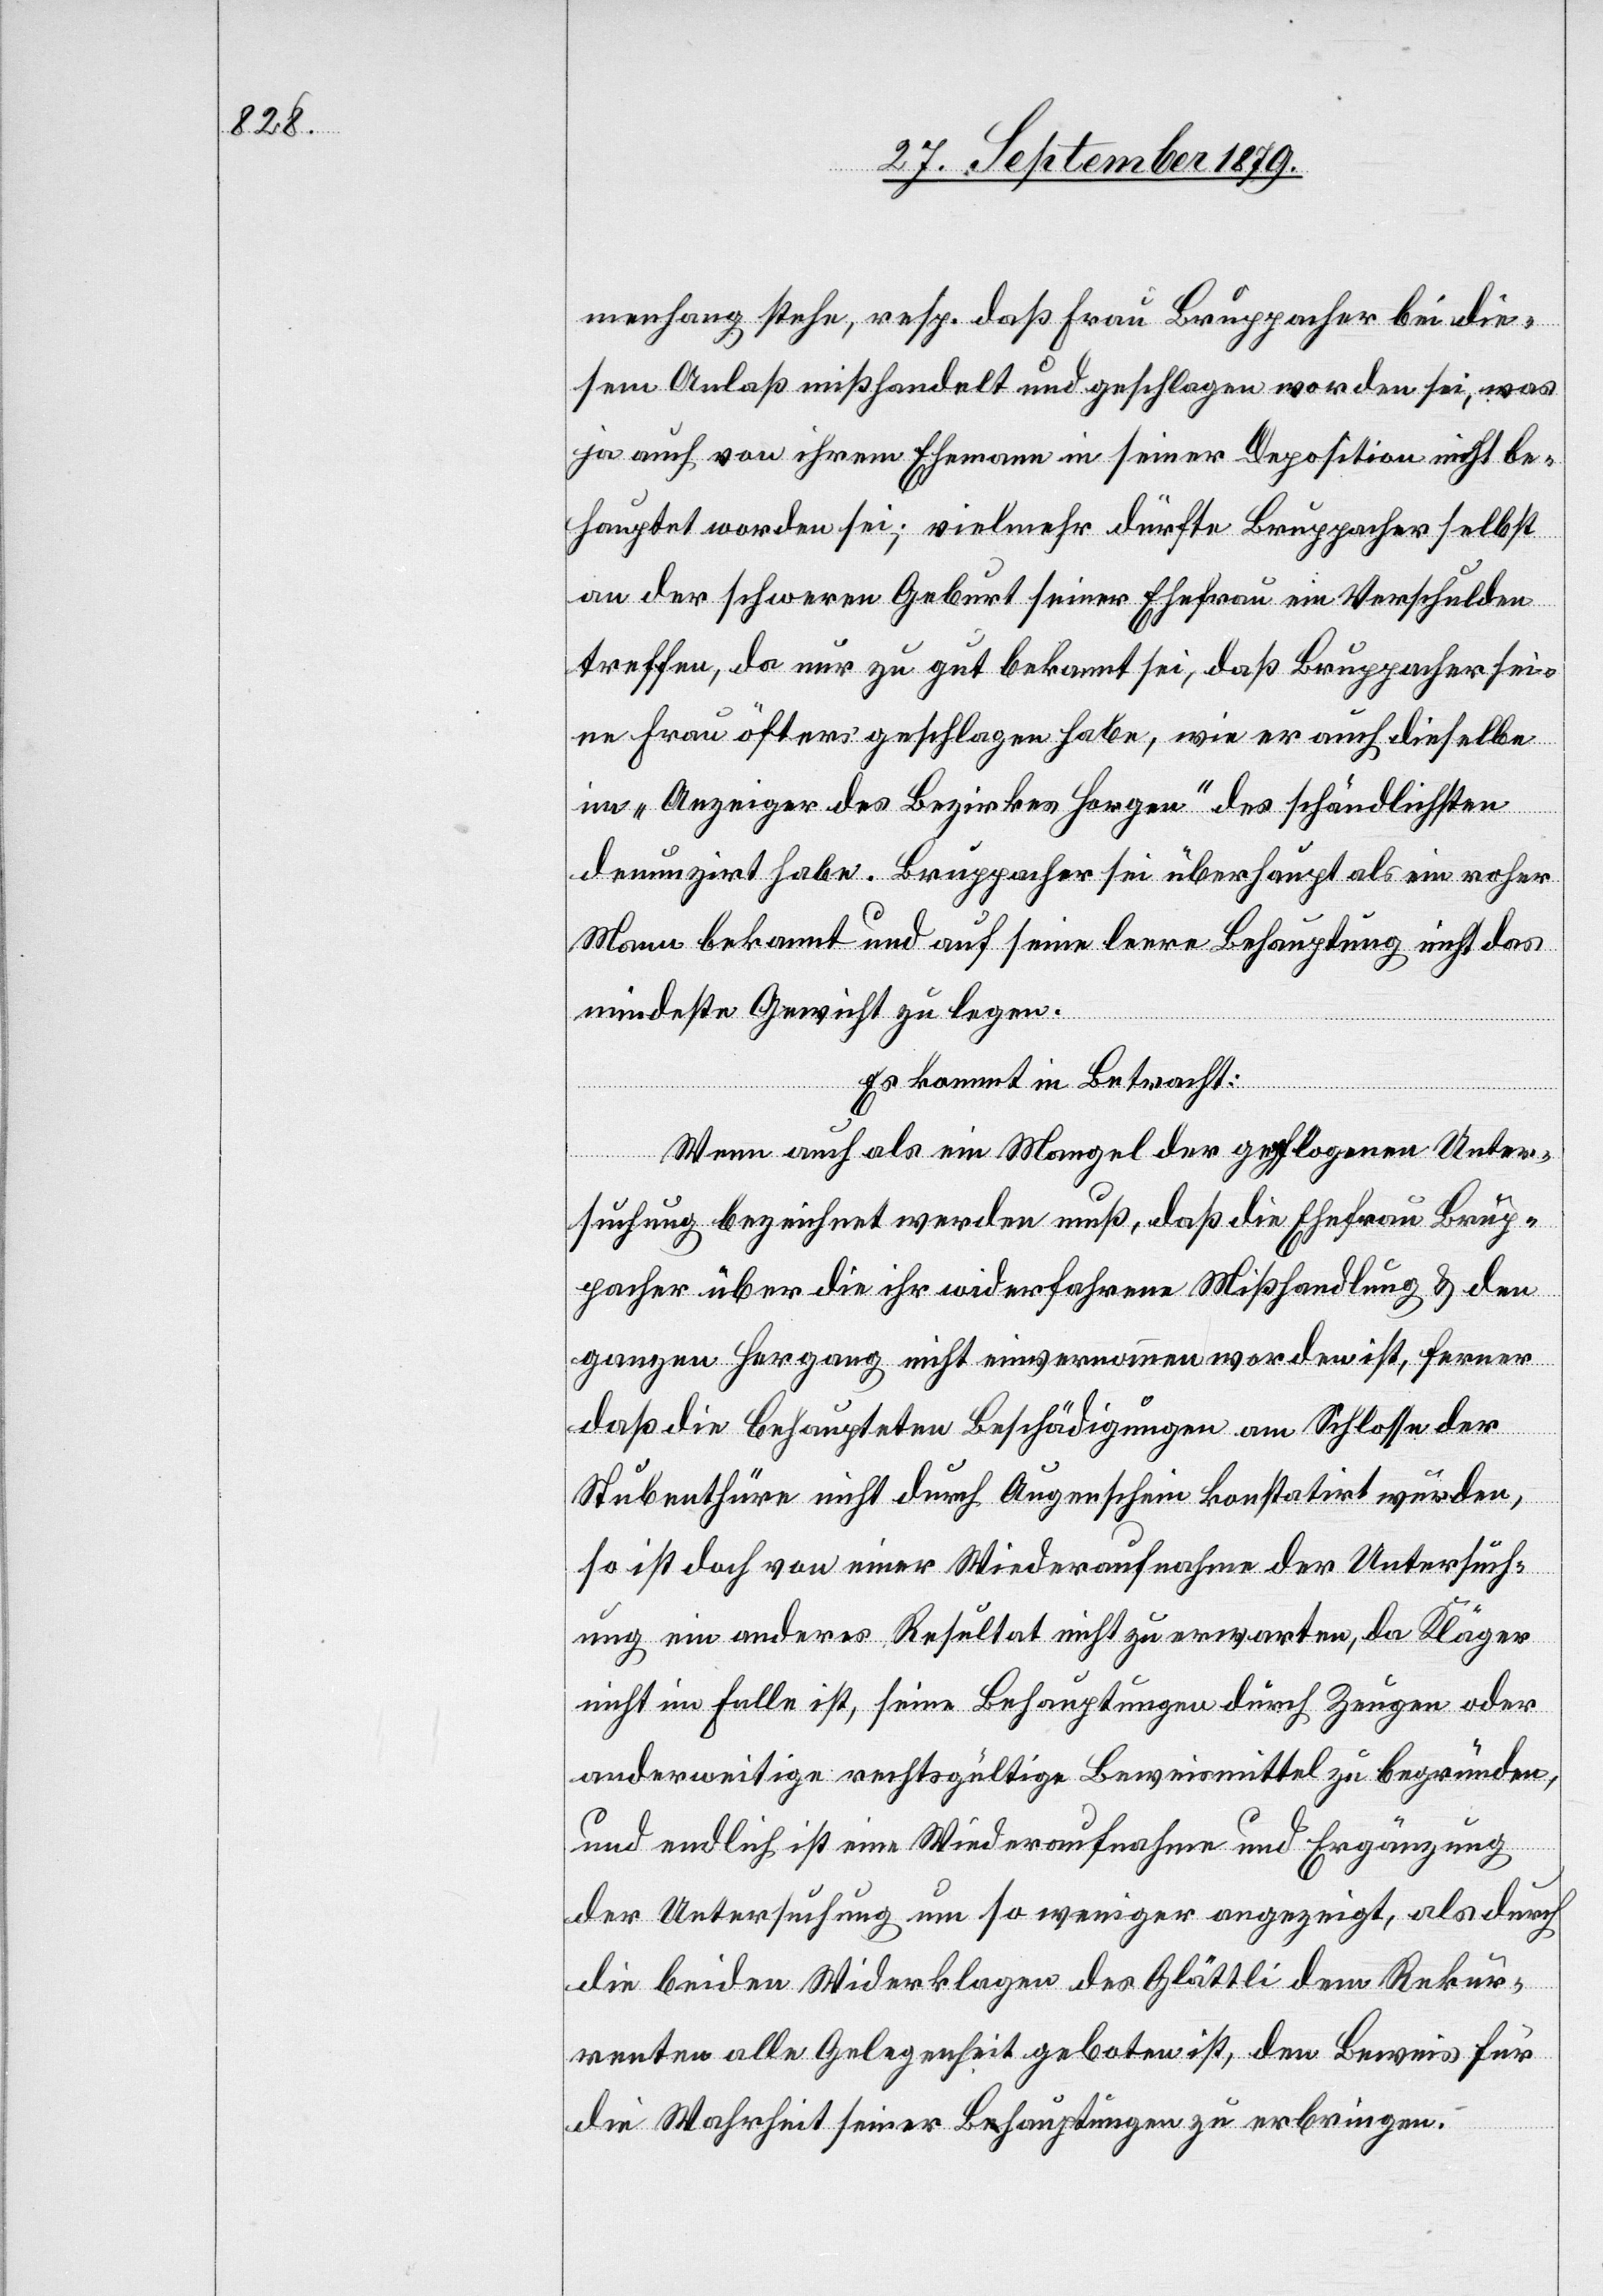
mennhang stehe, resp. daß Frau Bruppacher bei die¬
sem Anlaß misshandelt und geschlagen worden sei, was
ja auch von ihrem Ehemann in seiner Deposition nicht be¬
hauptet worden sei; vielmehr dürfte Bruppacher selbst
an der schweren Geburt seiner Ehefrau ein Verschulden
treffen, da nur zu gut bekannt sei, daß Bruppacher sei¬
ne Frau öfter geschlagen habe, wie er auch dieselbe
im „Anzeiger des Bezirkes Horgen“ des schändlichsten
denunzirt habe. Bruppacher sei überhaupt als ein roher
Mann bekannt und auf seine leere Behauptung nicht das
mindeste Gewicht zu legen.
Es kommt in Betracht:
Wenn auch als ein Mangel der gepflogenen Unter¬
suchung bezeichnet werden muß, daß die Ehefrau Brup¬
pacher über die ihr widerfahrene Misshandlung & den
ganzen Hergang nicht einvernommen worden ist, ferner
daß die behaupteten Beschädigungen am Schlosse der
Stubenthüre nicht durch Augenschein konstatirt wurden,
so ist doch von einer Wiederaufnahme der Untersuch¬
ung ein anders Resultat nicht zu erwarten, da Kläger
nicht im Falle ist, seine Behauptungen durch Zeugen oder
anderweitige rechtsgültige Beweismittel zu begründen,
und endlich ist eine Wiederaufnahme und Ergänzung
der Untersuchung um so weniger angezeigt, als durch
die beiden Widerklagen des Glättli dem Rekur¬
renten alle Gelegenheit geboten ist, den Beweis für
die Wahrheit seiner Behauptungen zu erbringen.